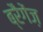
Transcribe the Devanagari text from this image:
ब्रैगेंज़